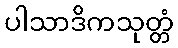
ပါသာဒိကသုတ္တံ